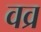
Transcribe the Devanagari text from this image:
वव्र